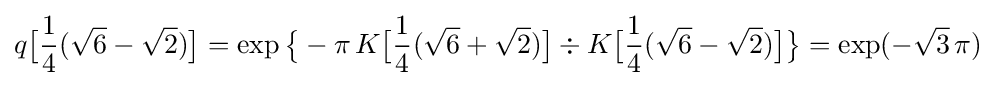
q{\bigl [}{\frac {1}{4}}({\sqrt {6}}-{\sqrt {2}}){\bigr ]}=\exp {\bigl \{}-\pi \,K{\bigl [}{\frac {1}{4}}({\sqrt {6}}+{\sqrt {2}}){\bigr ]}\div K{\bigl [}{\frac {1}{4}}({\sqrt {6}}-{\sqrt {2}}){\bigr ]}{\bigr \}}=\exp(-{\sqrt {3}}\,\pi )